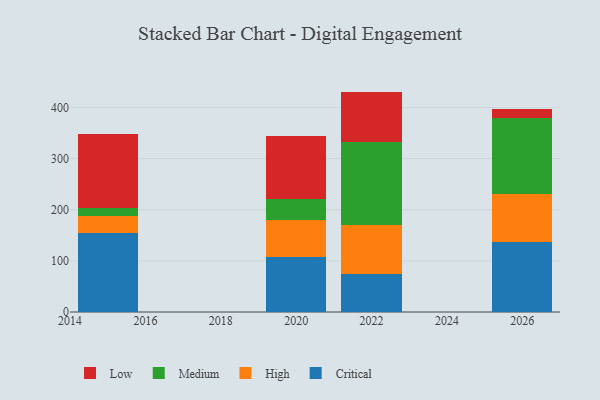
{"axis": {"x": "Year", "y": "Production Output"}, "legend": ["Critical", "High", "Low", "Medium"], "data": [{"x": "2020", "y": 107.8, "type": "Critical"}, {"x": "2020", "y": 72.2, "type": "High"}, {"x": "2020", "y": 42.0, "type": "Medium"}, {"x": "2020", "y": 121.7, "type": "Low"}, {"x": "2022", "y": 73.6, "type": "Critical"}, {"x": "2022", "y": 95.8, "type": "High"}, {"x": "2022", "y": 162.5, "type": "Medium"}, {"x": "2022", "y": 99.2, "type": "Low"}, {"x": "2015", "y": 154.9, "type": "Critical"}, {"x": "2015", "y": 32.2, "type": "High"}, {"x": "2015", "y": 15.7, "type": "Medium"}, {"x": "2015", "y": 145.1, "type": "Low"}, {"x": "2026", "y": 136.2, "type": "Critical"}, {"x": "2026", "y": 95.1, "type": "High"}, {"x": "2026", "y": 148.2, "type": "Medium"}, {"x": "2026", "y": 18.2, "type": "Low"}]}